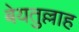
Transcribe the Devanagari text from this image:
बेयतुल्लाह